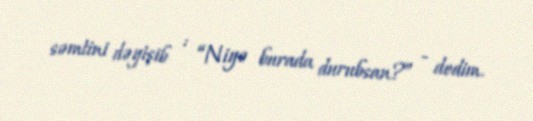
səmtini dəyişib : “Niyə burada durubsan?” - dedim.